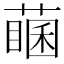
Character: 𦽖